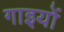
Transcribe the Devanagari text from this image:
गाइयों